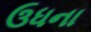
ઉધના